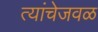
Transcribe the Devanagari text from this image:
त्यांचेजवळ